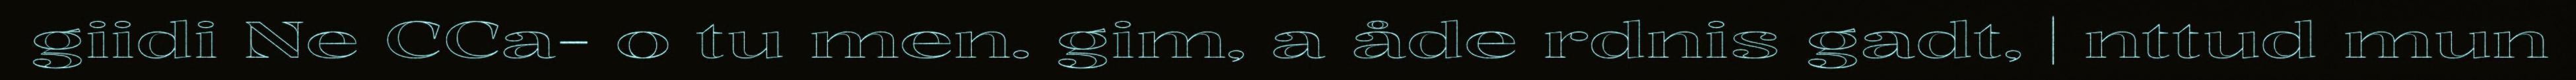
giidi Ne CCa- o tu men. gim, a åde rdnis gadt, | nttud mun